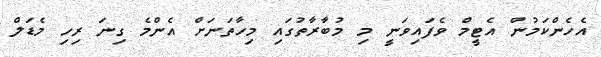
އެހެންކަމުން އެޓީމް ވެފައިވަނީ މި މުބާރާތުގައި މިހާތަނަށް އެންމެ ގިނަ ރިހި މެޑަލް